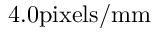
4 . 0 \mathrm { p i x e l s / m m }